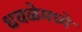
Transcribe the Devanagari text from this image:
धवळेमध्ये